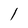
Character: l